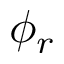
\phi _ { r }